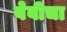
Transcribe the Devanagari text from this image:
बेबीचा